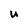
Character: U